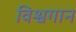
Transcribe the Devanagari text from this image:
विश्वगान